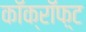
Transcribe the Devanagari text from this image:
कॉक्रॉफ़्ट